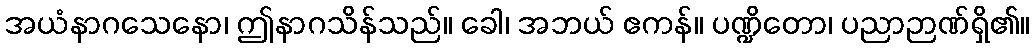
အယံနာဂသေနော၊ ဤနာဂသိန်သည်။ ခေါ၊ အဘယ် ဧကန်။ ပဏ္ဍိတော၊ ပညာဉာဏ်ရှိ၏။